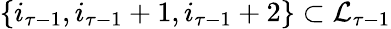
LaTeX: \{ i_{\tau-1},i_{\tau-1}+1,i_{\tau-1}+2\} \subset\mathcal{L}_{\tau-1}